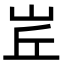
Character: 𡶦